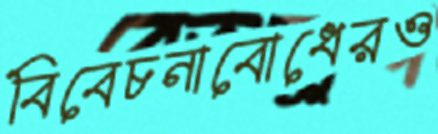
বিবেচনাবোধেরও